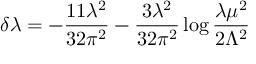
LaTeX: \delta \lambda = - \frac { 1 1 \lambda ^ { 2 } } { 3 2 \pi ^ { 2 } } - \frac { 3 \lambda ^ { 2 } } { 3 2 \pi ^ { 2 } } \log \frac { \lambda \mu ^ { 2 } } { 2 \Lambda ^ { 2 } }